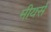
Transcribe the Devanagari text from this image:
मीयर्स